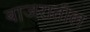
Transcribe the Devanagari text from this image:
बाजरातील